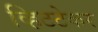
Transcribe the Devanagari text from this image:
व्हिटटेकर